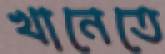
খানেতে